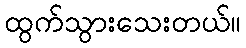
ထွက်သွားသေးတယ်။